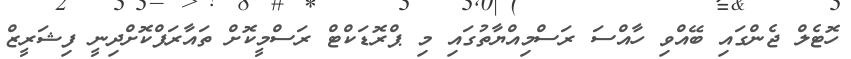
ހޮޓެލް ޖެންގައި ބޭއްވި ހާއްސަ ރަސްމިއްޔާތުގައި މި ޕްރޮޑަކްޓް ރަސްމީކޮށް ތައާރަފްކޮށްދިނީ ފިޝަރީޒް